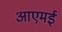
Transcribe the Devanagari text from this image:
आएमई